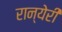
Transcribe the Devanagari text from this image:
रान्येरी